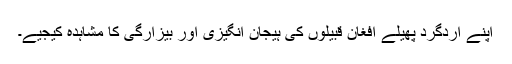
اپنے اردگرد پھیلے افغان قبیلوں کی ہیجان انگیزی اور بیزارگی کا مشاہدہ کیجیے۔